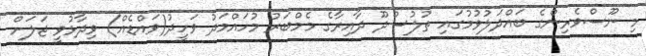
މި ނޫސްވެރިންގެ ބައްދަލުވުމުގައި ތުލުސްދޫ ދާއިރާގެ މެމްބަރު މުހައްމަދު ވަހީދު(ވައްޑެއް) ވިދާޅުވީ ޖަލަށް